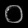
Digit: ၀